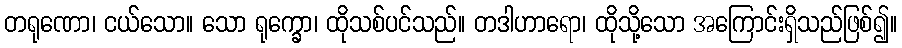
တရုဏော၊ ငယ်သော။ သော ရုက္ခော၊ ထိုသစ်ပင်သည်။ တဒါဟာရော၊ ထိုသို့သော အကြောင်းရှိသည်ဖြစ်၍။